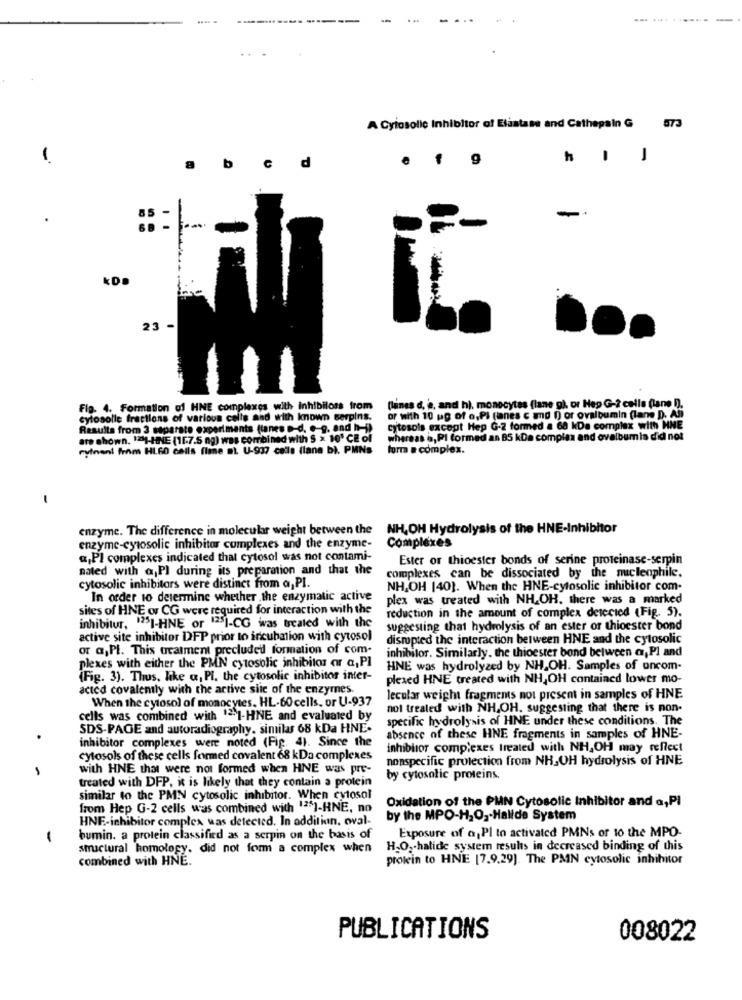
A Cylosolic Inhibitor of Elastase and Cathepain G
573
-
h . J
8
b
d
23 -
Fig. 4. Formation of HNE complexes with inhibiloss from
(lanes d. a, and h), monocytes (lane g), or Hep G-2 cells (lane )).
cytosolle fractions of various celle and with known serpins.
or with 10 ug of o,Pi (ianes c and 1) or ovalbumin (lane D. Ali
Results from 3 separate experiments (tanes -d. e-9, and h-i)
cytosols except Hep G-2 formed a 68 kDa complex with HNE
are shown. ""I-HINE (1[.7.5 ng) was combined with $ x 10' CE of
whereas i, Pl formed an 85 kDa complex and ovalbumla did not
rylneni from HL6O cells (lane at U-937 cela (lane b). PMNs
forra a complex.
enzyme. The difference in molecular weight between the NH,OH Hydrolysis of the HNE-Inhibitor
enzyme-cytosolic inhibitor complexes and the enzyme-
Complexes
a,PI complexes indicated that cytosol was not contami-
Ester or thioester bonds of serine proteinase-serpin
nated with a,P) during its preparation and that the
complexes can be dissociated by the nucleophile.
cytosolic inhibitors were distinct from a, PI.
NH,OH [40]. When the HNE-cytosolic inhibitor com-
In order to determine whether .the enzymatic active
plex was treated with NH.OH, there was a marked
sites of HNE or CG were required for interaction with the
reduction in the amount of complex detected (Fig. 5).
inhibitur, "25I-HNE or 125]-CG was treated with the
suggesting that hydrolysis of an ester or thioester bond
active site inhibitor DFP prior to incubation with cytosol
disrupted the interaction between HNE and the cytosolic
or a,Pl. This treatment precluded formation of com-
inhibitor. Similarly. the thioester bond between a, Pl and
plexes with either the PMN cytosolic inhibitor our a, PI
HNE was hydrolyzed by NH,OH. Samples of oncom-
(Fig. 3). Thus, like a, PI. the cytosolic inhibitor inter-
plexed HNE treated with NH,OH contained lower mo-
acted covalemly with the active siic of the enzymes.
When the cytosol of monocytes. HL-60 cells, or U-937
lecular weight fragments not present in samples of HNE
not treated with NH,OH, suggesting that there is non-
cells was combined with "I-HNE and evaluated by
specific hydrolysis of HNE under these conditions. The
SDS-PAGE and autoradiography. similar 68 kDa HNE-
inhibitor complexes were noted (Fig. 4). Since the
absence of these HNE fragments in samples of HNE-
inhibitor complexes treated with NH,OH may reflect
cytosols of these cells formed covalent 68 kDa complexes
nonspecific protection from NH-OH hydrolysis of HNE
with HNE that were not formed when HNE was pre-
treated with DFP. it is likely that they contain a protein
by cytosolic proteins.
similar to the PMN cytosolic inhibitor. When cytosol
Oxidation of the PMN Cytosolic Inhibitor and a,PI
from Hep G-2 cells was combined with 125]-HNE, no
HNE-inhibitor complex was detected. In addition, oval-
by the MPO-H2O2 Halide System
Exposure of a Pl to activated PMNs or to the MPO-
-
bumin. a protein classified as a serpin on the basis of
structural homology. did not for a complex when
H2O2-halide system results in decreased binding of this
combined with HNE.
protein to HNE [7.9.29]. The PAN cytosolic inhibitor
PUBLICATIONS
008022